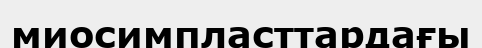
миосимпласттардағы